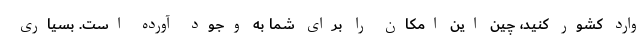
وارد کشور کنید، چین این امکان را برای شما به وجود آورده است. بسیاری